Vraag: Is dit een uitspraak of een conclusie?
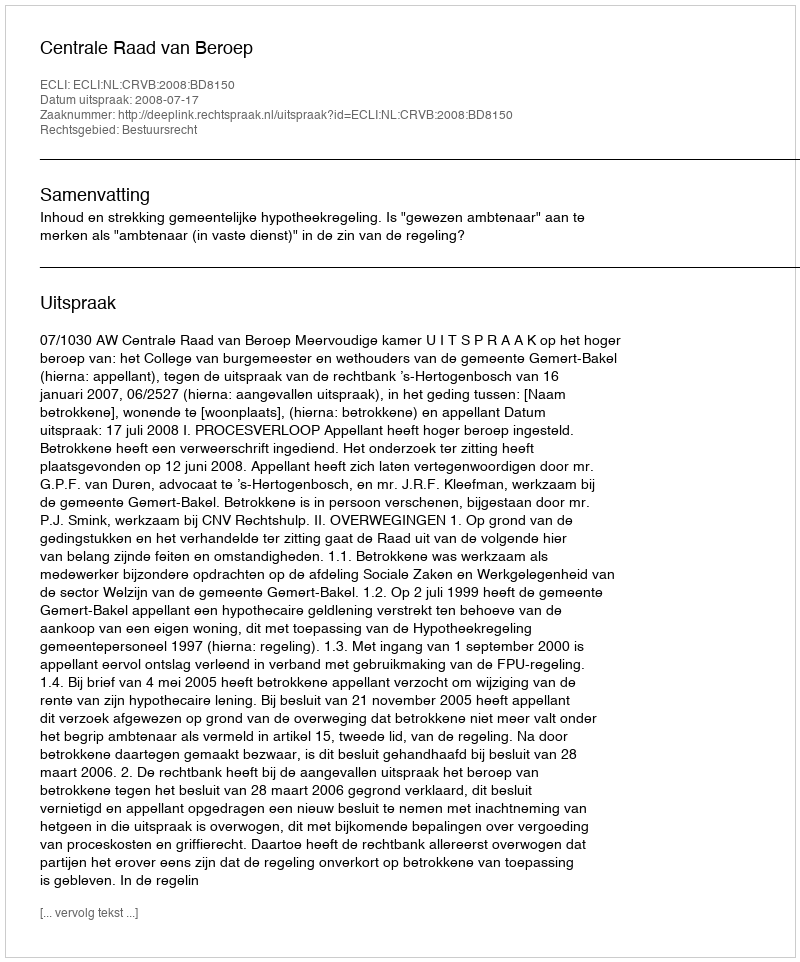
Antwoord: Uitspraak